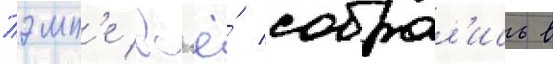
Тэмп'е вс'ё́ собрал'ись в